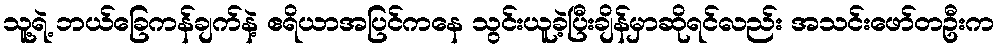
သူ့ရဲ့ ဘယ်ခြေကန်ချက်နဲ့ ဧရိယာအပြင်ကနေ သွင်းယူခဲ့ပြီးချိန်မှာဆိုရင်လည်း အသင်းဖော်တဦးက